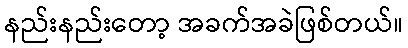
နည်းနည်းတော့ အခက်အခဲဖြစ်တယ်။